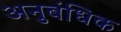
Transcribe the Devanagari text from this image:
अनुबंधिक